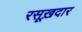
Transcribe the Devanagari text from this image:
रसूख़दार